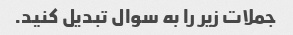
جملات زیر را به سوال تبدیل کنید.